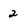
Character: 2